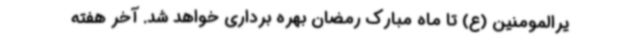
یرالمومنین (ع) تا ماه مبارک رمضان بهره برداری خواهد شد. آخر هفته